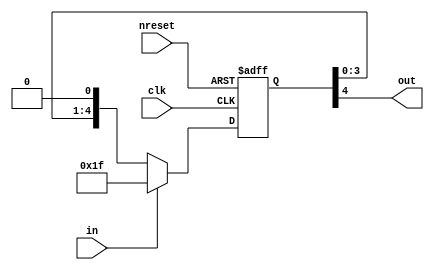
//#############################################################################
//# Purpose: Stretches a pulse by DW+1 clock cycles                           #
//#          Adds one cycle latency                                           #
//#############################################################################
//# Author:   Andreas Olofsson                                                #
//# License:  MIT (see LICENSE file in OH! repository)                        # 
//#############################################################################

module oh_stretcher #(parameter CYCLES = 5) // "wakeup" cycles
   ( input  clk, // clock
     input  in, // input pulse
     input  nreset, // async active low reset
     output out // stretched output pulse
     );  
   
   reg [CYCLES-1:0] valid;
      
   always @ (posedge clk or negedge nreset)
     if(!nreset)       
       valid[CYCLES-1:0] <='b0;   
     else if(in)
       valid[CYCLES-1:0] <={(CYCLES){1'b1}};   
     else
       valid[CYCLES-1:0] <={valid[CYCLES-2:0],1'b0};

   assign out = valid[CYCLES-1];
   
endmodule // oh_stretcher